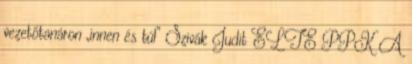
vezetőtanáron „innen és túl” Szivák Judit ELTE PPK A